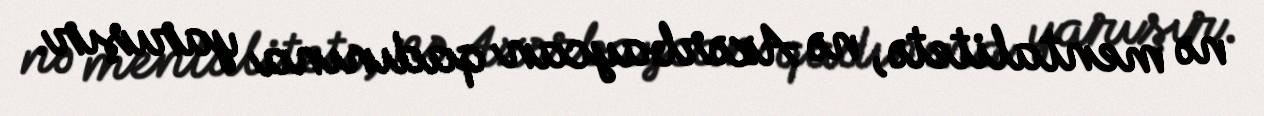
nə mentalitetə, nə Azərbaycan qadınına yarışır.